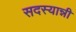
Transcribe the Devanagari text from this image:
सदस्यान्नी